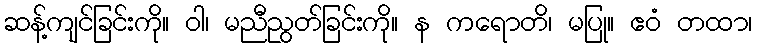
ဆန့်ကျင်ခြင်းကို။ ဝါ၊ မညီညွတ်ခြင်းကို။ န ကရောတိ၊ မပြု။ ဧဝံ တထာ၊